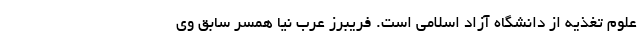
علوم تغذیه از دانشگاه آزاد اسلامی است. فریبرز عرب نیا همسر سابق وی